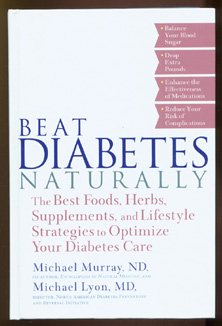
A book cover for Beat Diabetes Naturally; Michael Murray; Health, Fitness & Dieting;